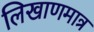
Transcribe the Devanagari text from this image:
लिखाणमात्र